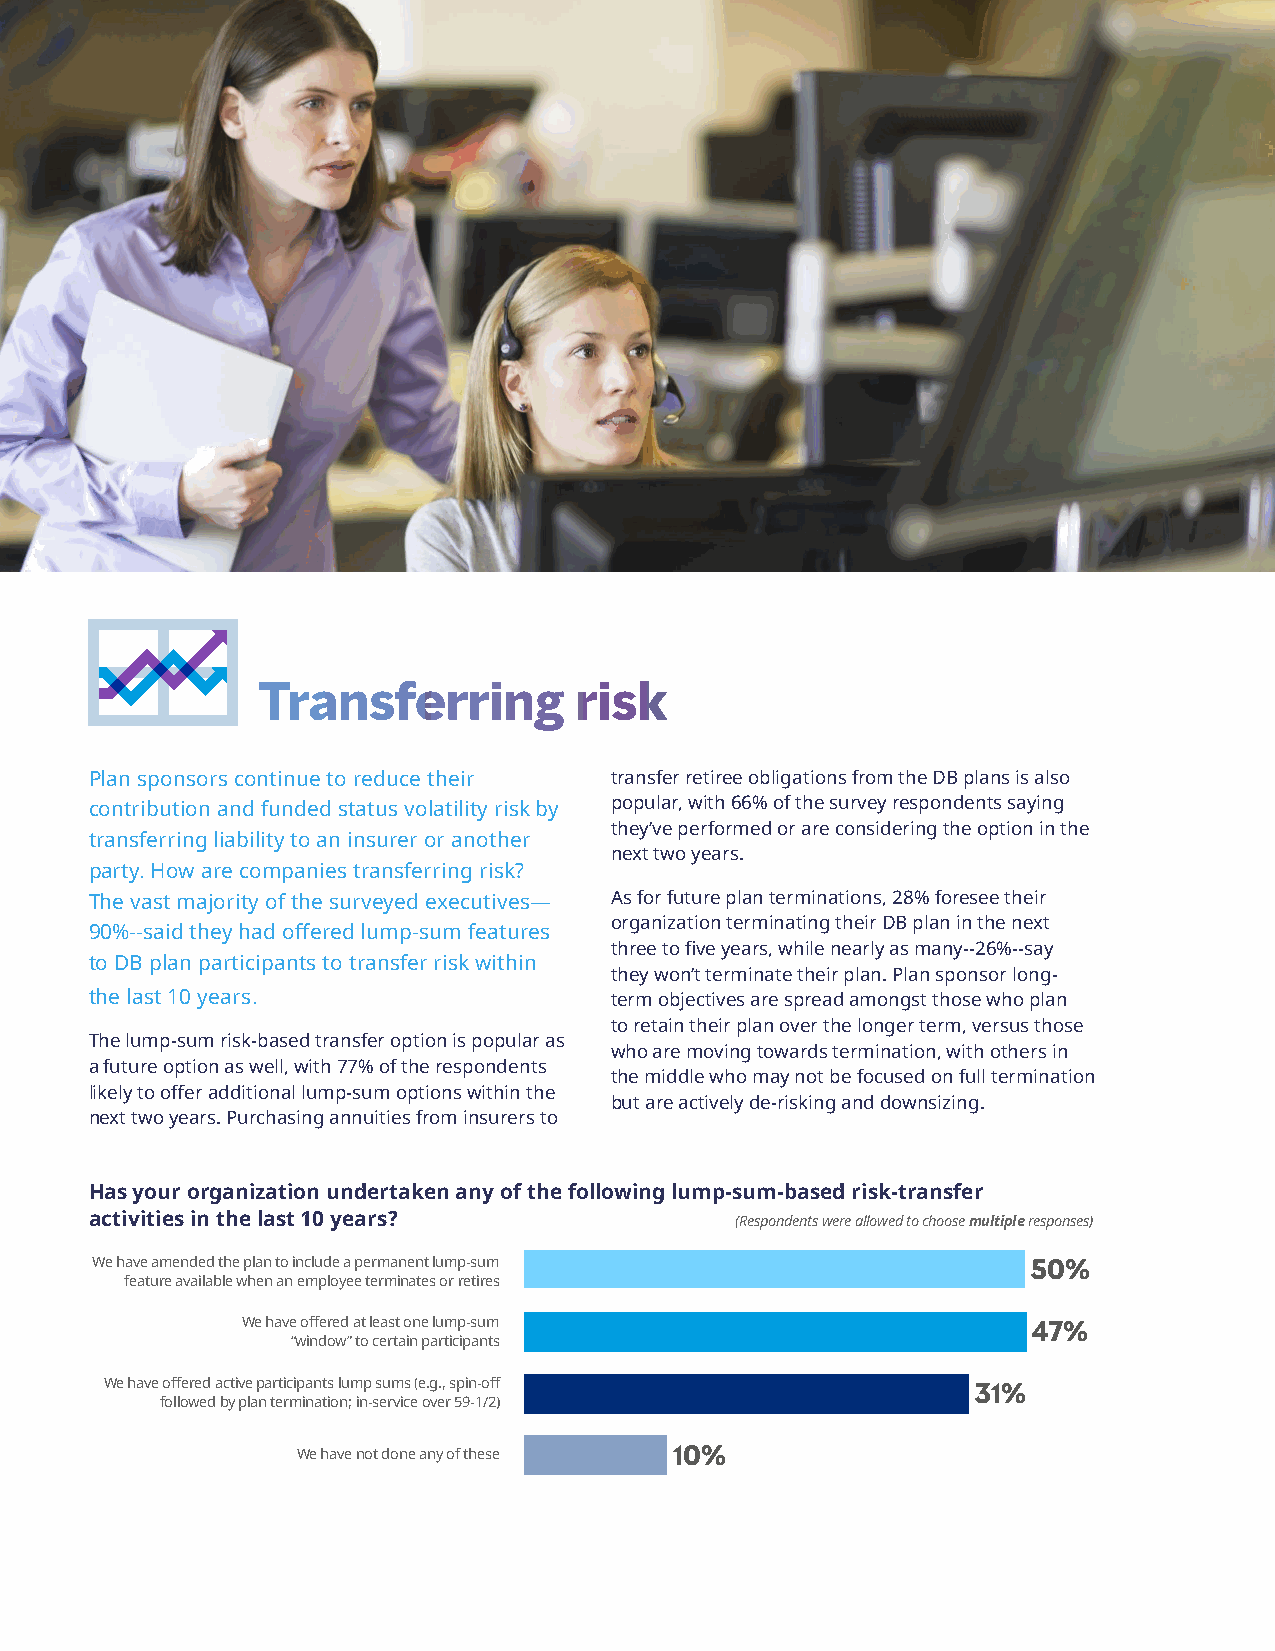
Next steps in pension risk management                             6
 Transferring         risk
 Plan sponsors continue to reduce their transfer retiree obligations from the DB plans is also
 contribution and funded status volatility risk by popular, with 66% of the survey respondents saying
 they’ve performed or are considering the option in the
 transferring liability to an insurer or another
 next two years.
 party. How are companies transferring risk?
 The vast majority of the surveyed executives— As for future plan terminations, 28% foresee their
 organization terminating their DB plan in the next
 90%--said they had offered lump-sum features
 three to five years, while nearly as many--26%--say
 to DB plan participants to transfer risk within
 they won’t terminate their plan. Plan sponsor long-
 the last 10 years.                term objectives are spread amongst those who plan
 to retain their plan over the longer term, versus those
 The lump-sum risk-based transfer option is popular as
 who are moving towards termination, with others in
 a future option as well, with 77% of the respondents
 the middle who may not be focused on full termination
 likely to offer additional lump-sum options within the
 but are actively de-risking and downsizing.
 next two years. Purchasing annuities from insurers to
 Has your organization undertaken any of the following lump-sum-based risk-transfer
 activities in the last 10 years?           (Respondents were allowed to choose multiple responses)
 We have amended the plan to include a permanent lump-sum      50%
 feature available when an employee terminates or retires
 We have offered at least one lump-sum               47%
 “window” to certain participants
 We have offered active participants lump sums (e.g., spin-off 31%
 followed by plan termination; in-service over 59-1/2)
 We have not done any of these 10%